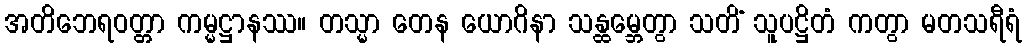
အတိဘေရဝတ္တာ ကမ္မဋ္ဌာနဿ။ တသ္မာ တေန ယောဂိနာ သန္ထမ္ဘေတွာ သတိံ သူပဋ္ဌိတံ ကတွာ မတသရီရံ